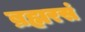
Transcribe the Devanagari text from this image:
ब्रह्मरसं